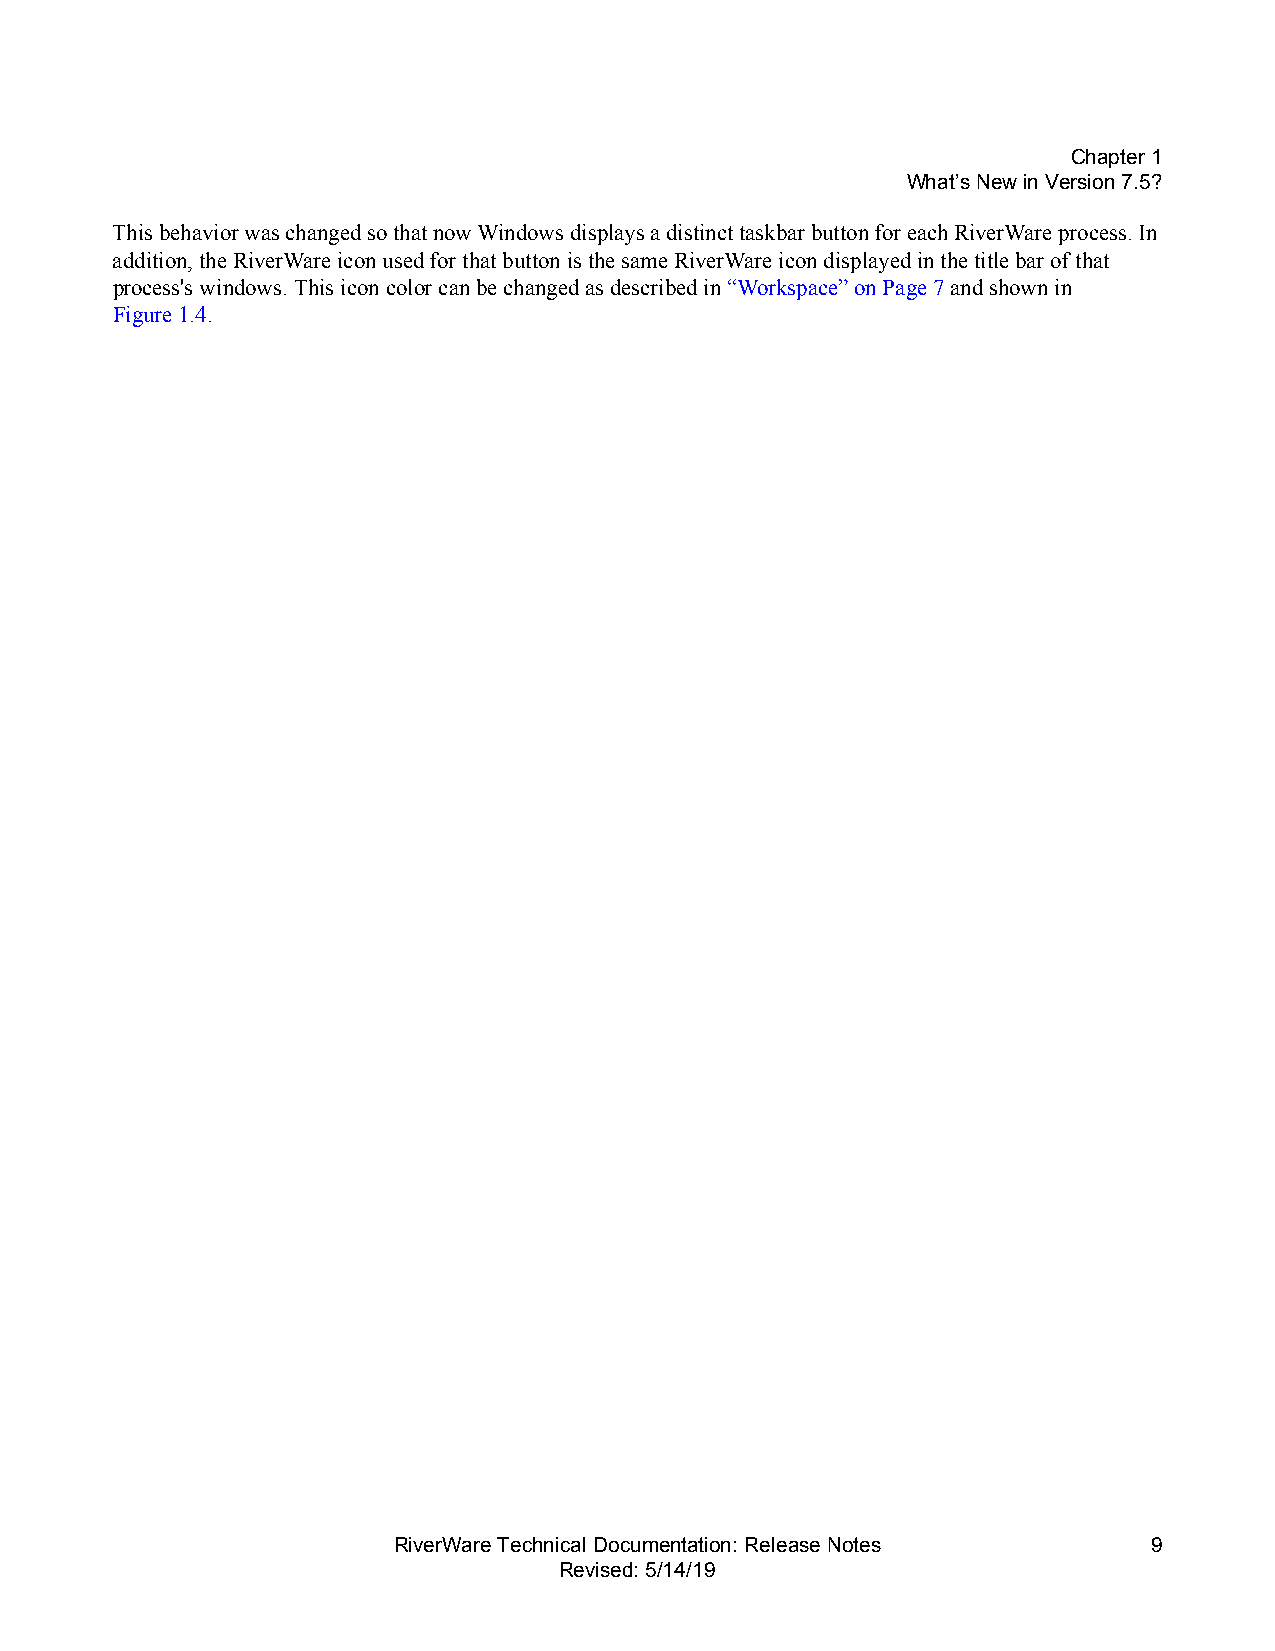
Chapter1
 What’s New in Version7.5?
 This behavior was changed so that now Windows displays a distinct taskbar button for each RiverWare process. In
 addition, the RiverWare icon used for that button is the same RiverWare icon displayed in the title bar of that
 process's windows. This icon color can be changed as described in “Workspace” onPage7 and shown in
 Figure1.4.
 RiverWare Technical Documentation: Release Notes  9
 Revised: 5/14/19